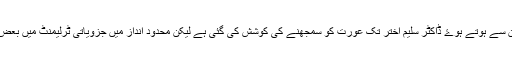
ممتاز مفتی سے ضمیر الدین سے ہوتے ہوۓ ڈاکٹر سلیم اختر تک عورت کو سمجھنے کی کوشش کی گئی ہے لیکن محدود انداز میں جزویاتی ٹرلیمنٹ میں بعض کوششیں کامیاب رہی ہیں ۔